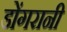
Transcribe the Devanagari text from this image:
डोंगरानी